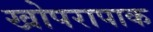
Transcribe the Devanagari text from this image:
खोपरापाक